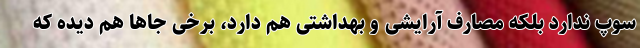
سوپ ندارد بلکه مصارف آرایشی و بهداشتی هم دارد، برخی جاها هم دیده که